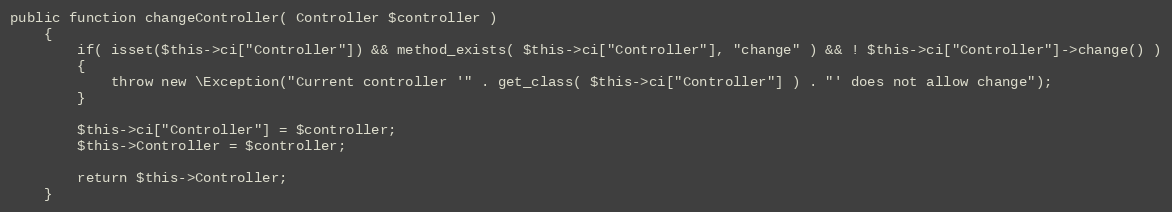
Language: PHP
public function changeController( Controller $controller )
	{
		if( isset($this->ci["Controller"]) && method_exists( $this->ci["Controller"], "change" ) && ! $this->ci["Controller"]->change() )
		{
			throw new \Exception("Current controller '" . get_class( $this->ci["Controller"] ) . "' does not allow change");
		}

		$this->ci["Controller"] = $controller;
		$this->Controller = $controller;

		return $this->Controller;
	}